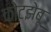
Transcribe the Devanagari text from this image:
कोटझेबू